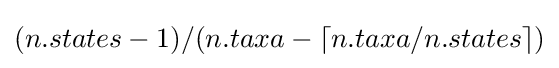
(n.states-1)/(n.taxa-\lceil n.taxa/n.states\rceil )